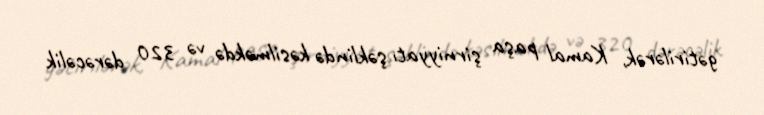
gətirilərək, Kamal paşa şirniyyatı şəklində kəsilməkdə və 320 dərəcəlik